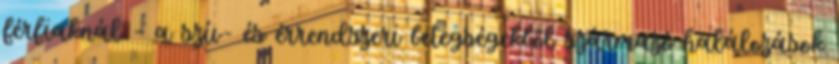
férfiaknál – a szív- és érrendszeri betegségekből származó halálozások